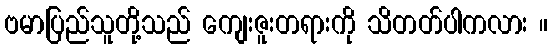
ဗမာပြည်သူတို့သည် ကျေးဇူးတရားကို သိတတ်ပါကလား ။